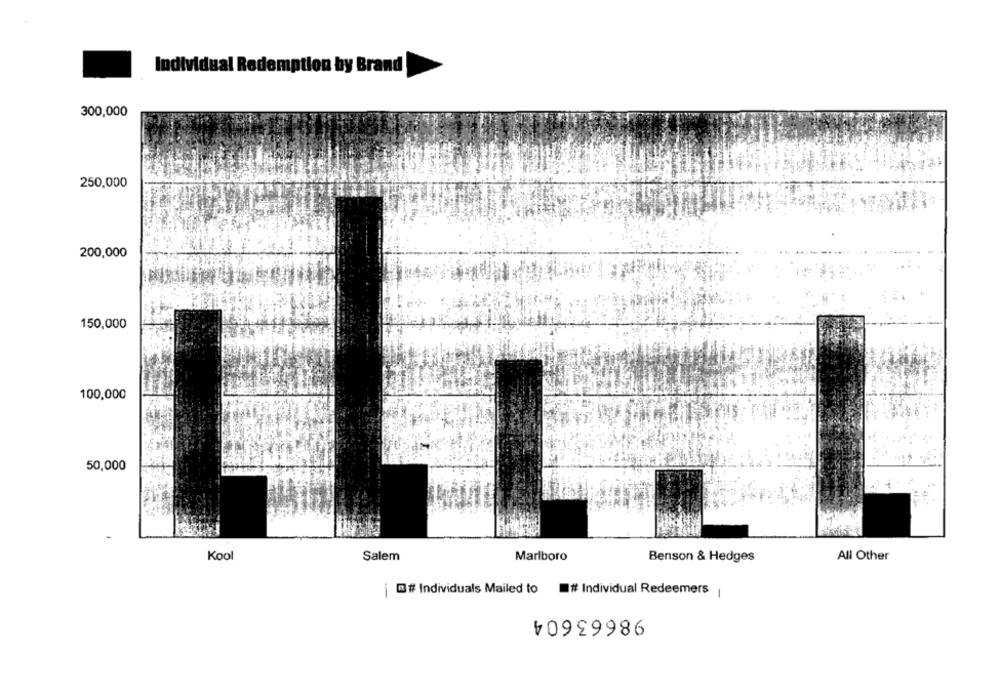
Individual Redemption by Brand
300,000
250,000
200,000
150,000
100,000
50,000
Kool
Salem
Marlboro
Benson & Hedges
All Other
@ # Individuals Mailed to
-
# Individual Redeemers
98663604